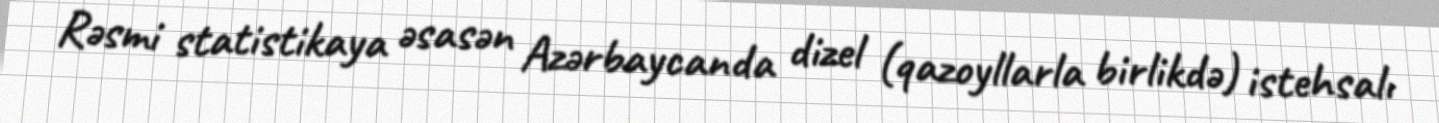
Rəsmi statistikaya əsasən Azərbaycanda dizel (qazoyllarla birlikdə) istehsalı